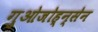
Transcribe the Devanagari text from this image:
गुओजोह्न्सेन